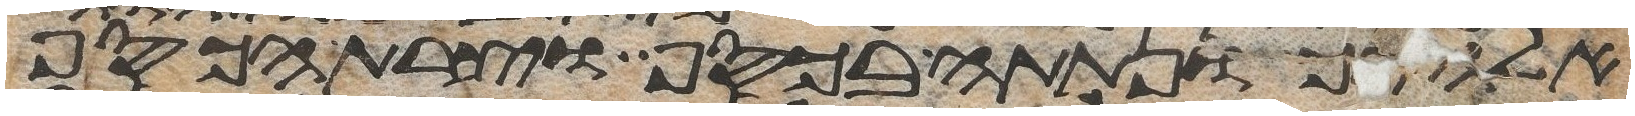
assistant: אלהיך ונתתה בכסף וצרת הכסף